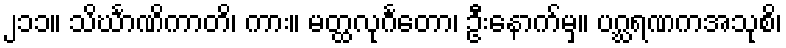
၂၁၁။ သိင်္ဃာဏိကာတိ၊ ကား။ မတ္ထလုင်္ဂတော၊ ဦးနောက်မှ။ ပဂ္ဃရဏကအသုစိ၊